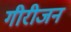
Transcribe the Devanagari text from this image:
गीरीजन